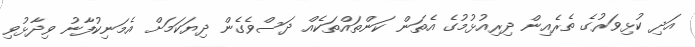
އަދި ކުޅިވަރުގެ ތެރެއިން ދިރިއުޅުމުގެ އެތަން ކަންތައްތަކެއް ދަސްވެގެން ދިޔަކަމަށް އެމަނިކުފާނު ވިދާޅުވި